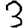
Digit: 3